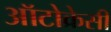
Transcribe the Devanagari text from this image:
ऑटोक्रेसी